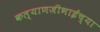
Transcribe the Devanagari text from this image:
कल्याणजीभाईंच्या